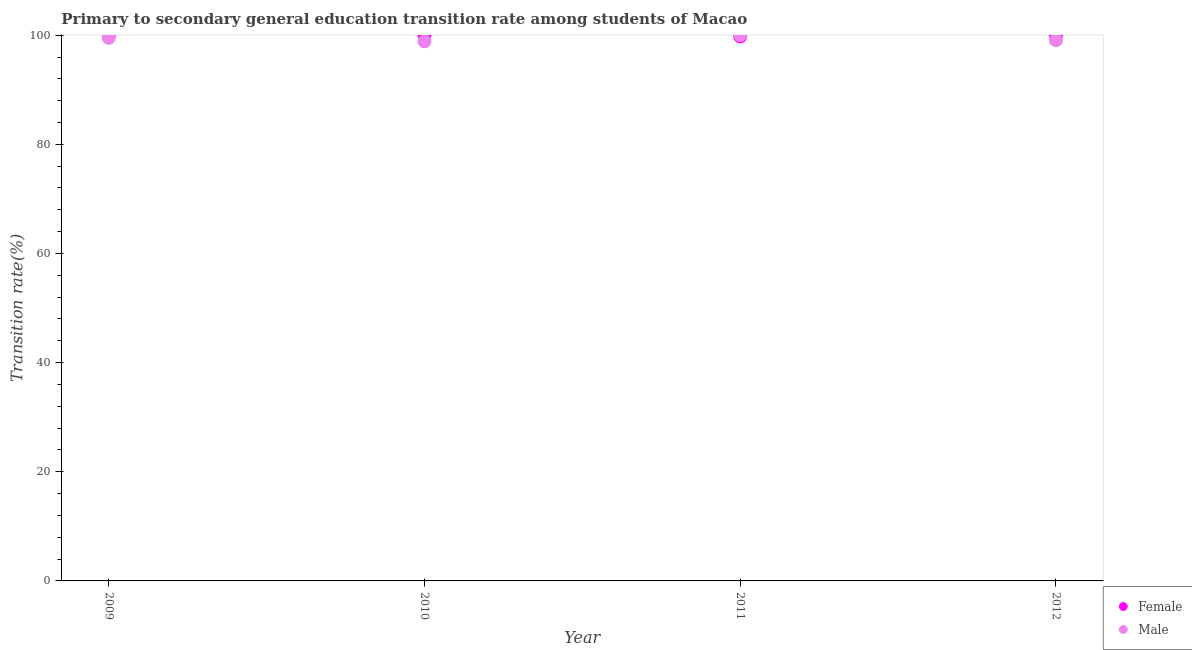
| Year | Female | Male |
 | --- | --- | --- |
 | 2009 | 100 | 99.5 |
 | 2010 | 100 | 98.9 |
 | 2011 | 99.8 | 100 |
 | 2012 | 100 | 99.1 |